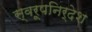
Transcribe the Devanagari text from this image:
स्वरूपनिर्देश